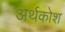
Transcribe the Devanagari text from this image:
अर्थकोश